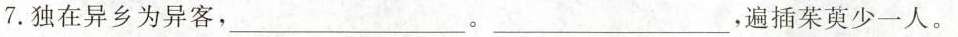
7.独在异乡为异客，___。___，遍插茱萸少一人。